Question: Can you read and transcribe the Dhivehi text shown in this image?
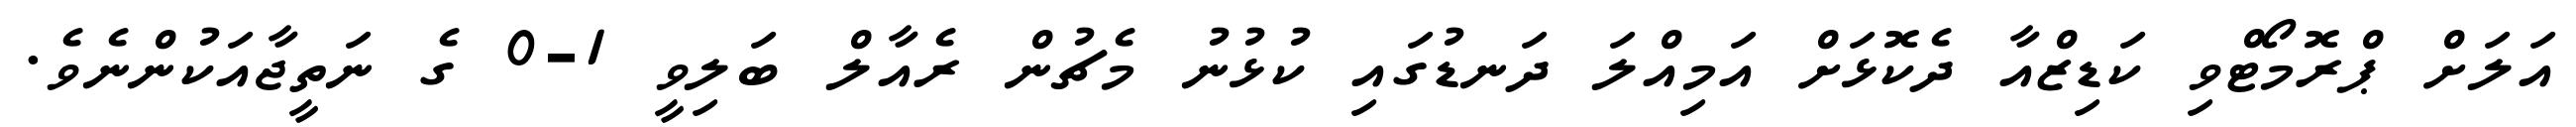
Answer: އަލަށް ޕްރޮމޯޓްވި ކަޑިޒްއާ ދެކޮޅަށް އަމިއްލަ ދަނޑުގައި ކުޅުނު މެޗުން ރެއާލް ބަލިވީ 1-0 ގެ ނަތީޖާއަކުންނެވެ.